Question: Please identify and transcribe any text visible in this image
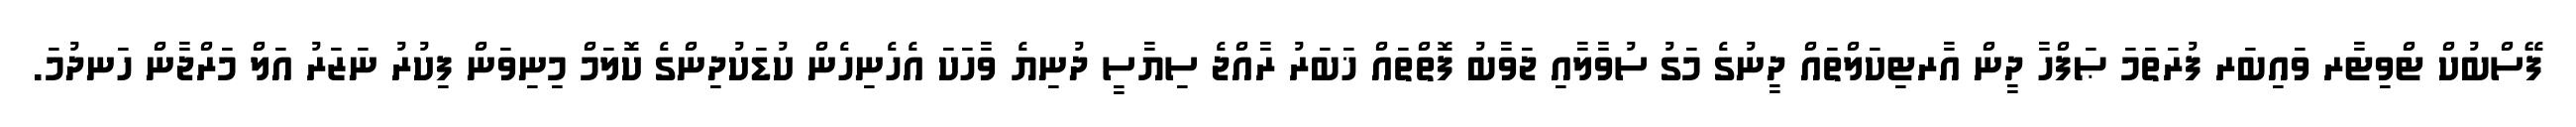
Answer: ފޭސްބުކް ޓްވިޓާރ ވައިބަރ ފުރަތަމަ ޞަފްހާ ދީން އާރޓިކަލްތައް ދީނުގެ މަގު ސުވާލާއި ޖަވާބު ފޮތްތައް ޚަބަރު ރާއްޖެ ސިޔާސީ ދުނިޔެ ވާހަކަ އެހެނިހެން ކުޑަކުދިންގެ ކޮލަމް މިނިވަން ފިކުރު ނަޒަރު އަލް މަރްޖާން ހަނދުމަ.